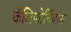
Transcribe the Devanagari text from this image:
कॅलिफोर्नियास